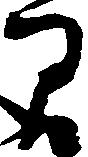
間